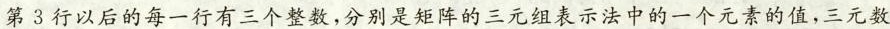
第3行以后的每一行有三个整数，分别是矩阵的三元组表示法中的一个元素的值，三元数